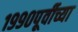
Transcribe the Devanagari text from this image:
१९९०पूर्वीच्या